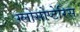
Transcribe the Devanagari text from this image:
ग्लोसोप्टेरिस